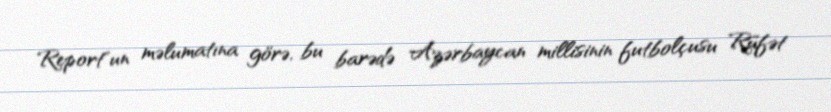
Report"un məlumatına görə, bu barədə Azərbaycan millisinin futbolçusu Rüfət